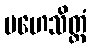
မဟေသိတ္တံ